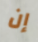
إن